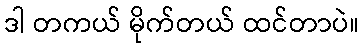
ဒါ တကယ် မိုက်တယ် ထင်တာပဲ။